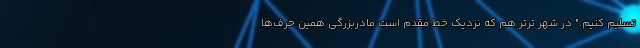
تسلیم کنیم." در شهر ترتر هم که نزدیک خط مقدم است مادربزرگی همین حرف‌ها